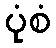
ပုံစံ